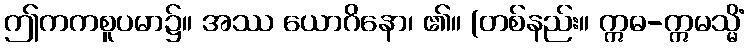
ဤကကစူပမာ၌။ အဿ ယောဂိနော၊ ၏။ (တစ်နည်း။ ဣဓ-ဣမသ္မိံ